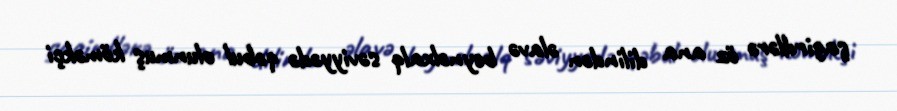
şagirdlərə öz ana dilindən əlavə beynəlxalq səviyyədə qəbul olunmuş köməkçi